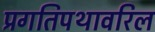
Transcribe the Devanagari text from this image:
प्रगतिपथावरिल